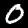
Digit: 0